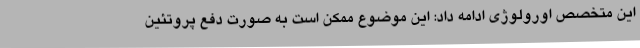
این متخصص اورولوژی ادامه داد: این موضوع ممکن است به صورت دفع پروتئین